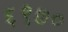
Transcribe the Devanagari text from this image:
६९७०